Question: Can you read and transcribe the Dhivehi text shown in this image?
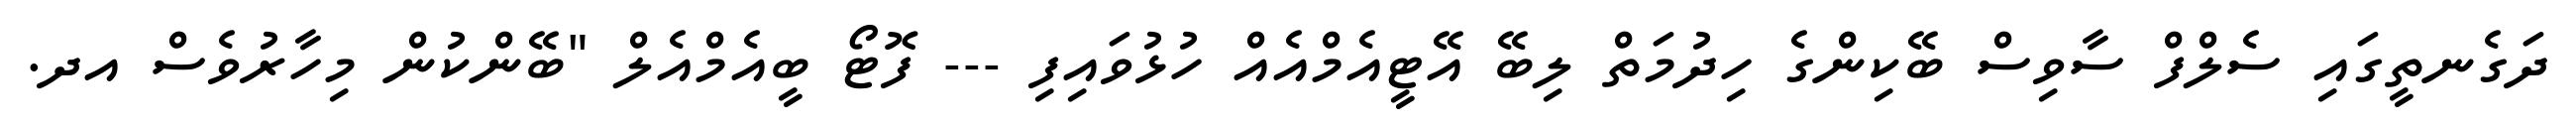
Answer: ދަގެނތީގައި ސެލްފް ސާވިސް ބޭކިންގެ ހިދުމަތް ލިބޭ އޭޓީއެމްއެއް ހުޅުވައިފި --- ފޮޓޯ ބީއެމްއެލް "ބޭންކުން މިހާރުވެސް އދ.